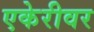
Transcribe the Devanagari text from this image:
एकेरीवर